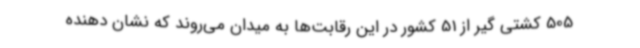
505 کشتی گیر از 51 کشور در این رقابت‌ها به میدان می‌روند که نشان دهنده